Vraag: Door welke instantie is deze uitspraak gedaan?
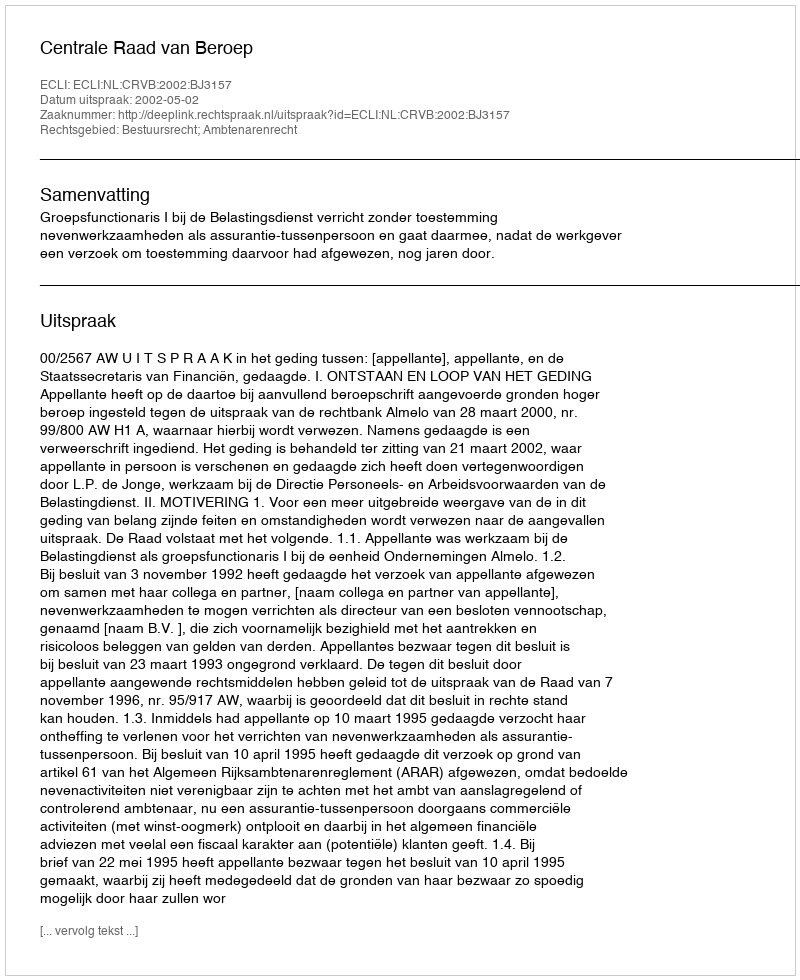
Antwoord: Centrale Raad van Beroep